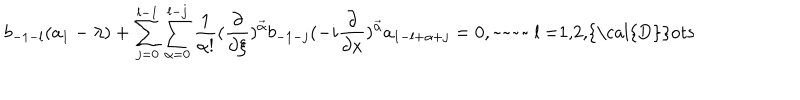
b _ { - 1 - l } ( a _ { 1 } - \lambda ) + \sum _ { j = 0 } ^ { l - 1 } \sum _ { \alpha = 0 } ^ { l - j } \frac { 1 } { \alpha ! } ( \frac { \partial } { \partial \xi } ) ^ { \vec { \alpha } } b _ { - 1 - j } ( - i \frac { \partial } { \partial x } ) ^ { \vec { \alpha } } a _ { 1 - l + \alpha + j } = 0 , \mathrm { ~ ~ l ~ = 1 , 2 , { \cal { D } } o t s }